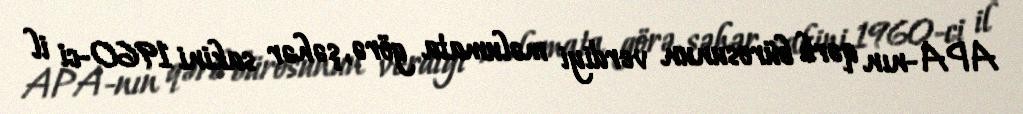
APA-nın qərb bürosunun verdiyi məlumata görə, şəhər sakini 1960-ci il